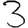
Digit: 3